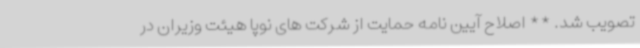
تصویب شد. ** اصلاح آیین نامه حمایت از شرکت های نوپا هیئت وزیران در